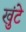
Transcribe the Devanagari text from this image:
खुंटे